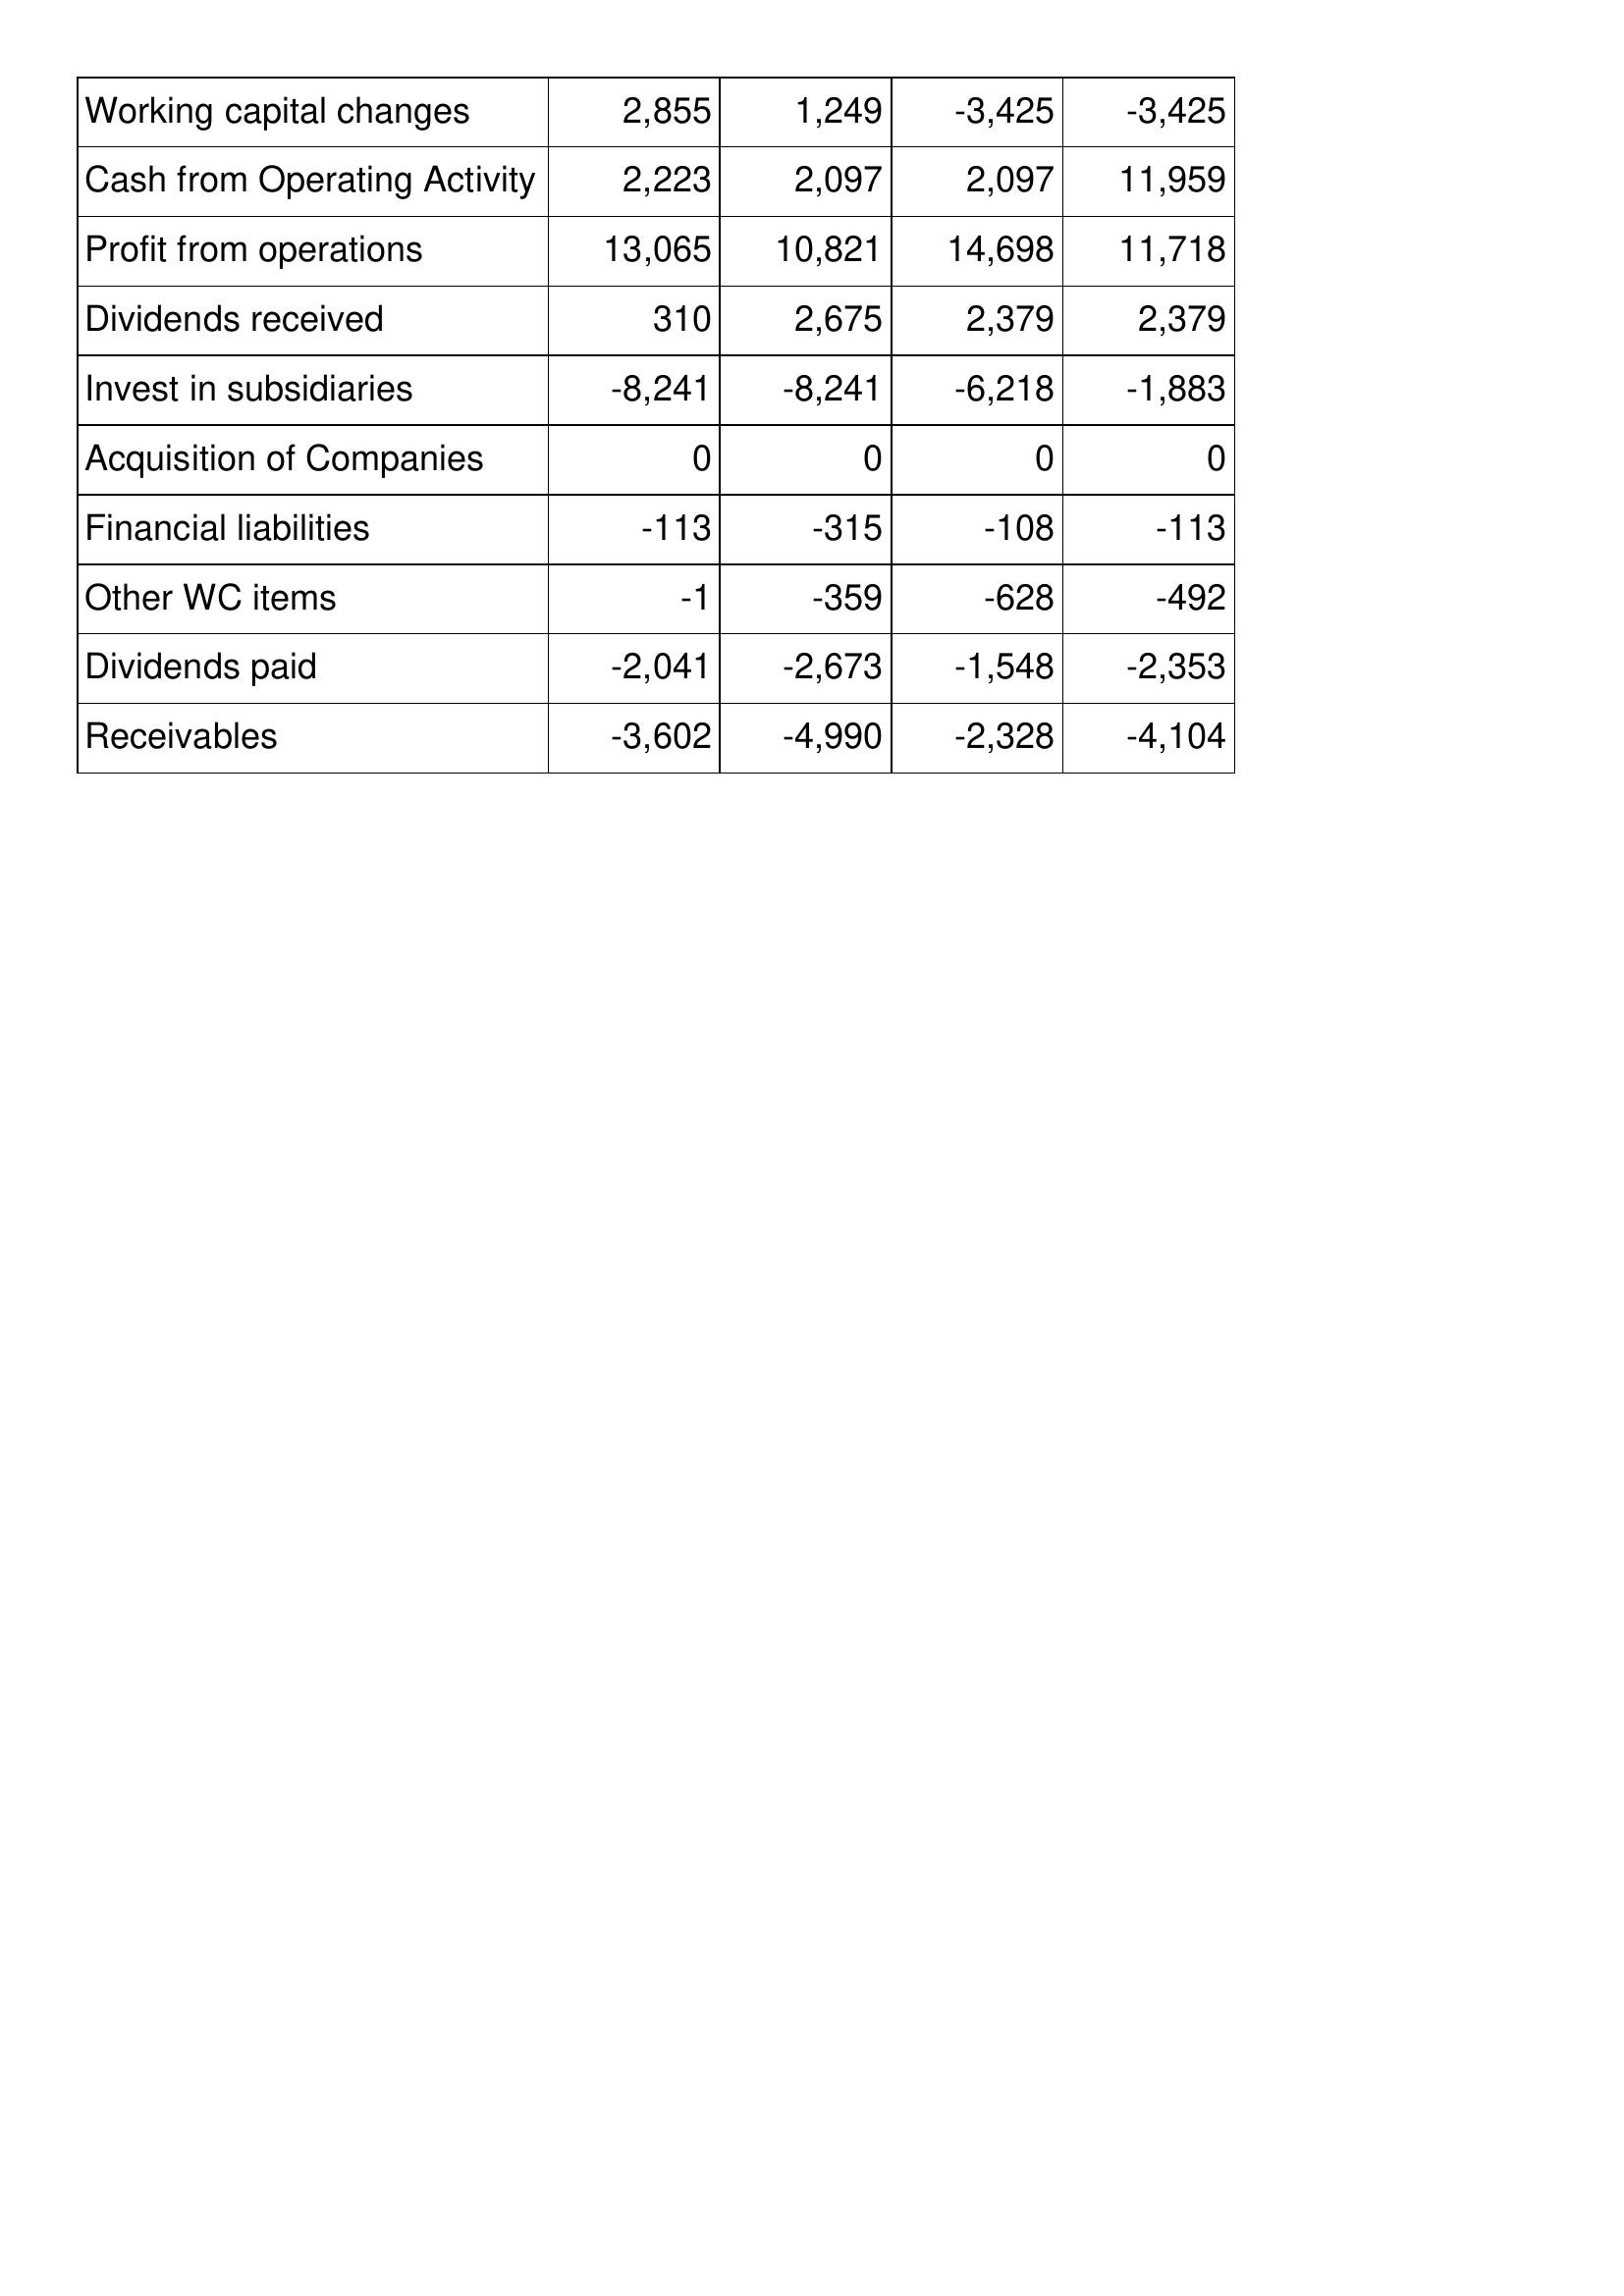
Nov-05: Cash Flows: Working capital changes: 2,855
Cash from Operating Activity: 2,223
Profit from operations: 13,065
Dividends received: 310
Invest in subsidiaries: -8,241
Acquisition of Companies: 0
Financial liabilities: -113
Other WC items: -1
Dividends paid: -2,041
Receivables: -3,602
Nov-06: Cash Flows: Working capital changes: 1,249
Cash from Operating Activity: 2,097
Profit from operations: 10,821
Dividends received: 2,675
Invest in subsidiaries: -8,241
Acquisition of Companies: 0
Financial liabilities: -315
Other WC items: -359
Dividends paid: -2,673
Receivables: -4,990
Nov-07: Cash Flows: Working capital changes: -3,425
Cash from Operating Activity: 2,097
Profit from operations: 14,698
Dividends received: 2,379
Invest in subsidiaries: -6,218
Acquisition of Companies: 0
Financial liabilities: -108
Other WC items: -628
Dividends paid: -1,548
Receivables: -2,328
Nov-08: Cash Flows: Working capital changes: -3,425
Cash from Operating Activity: 11,959
Profit from operations: 11,718
Dividends received: 2,379
Invest in subsidiaries: -1,883
Acquisition of Companies: 0
Financial liabilities: -113
Other WC items: -492
Dividends paid: -2,353
Receivables: -4,104